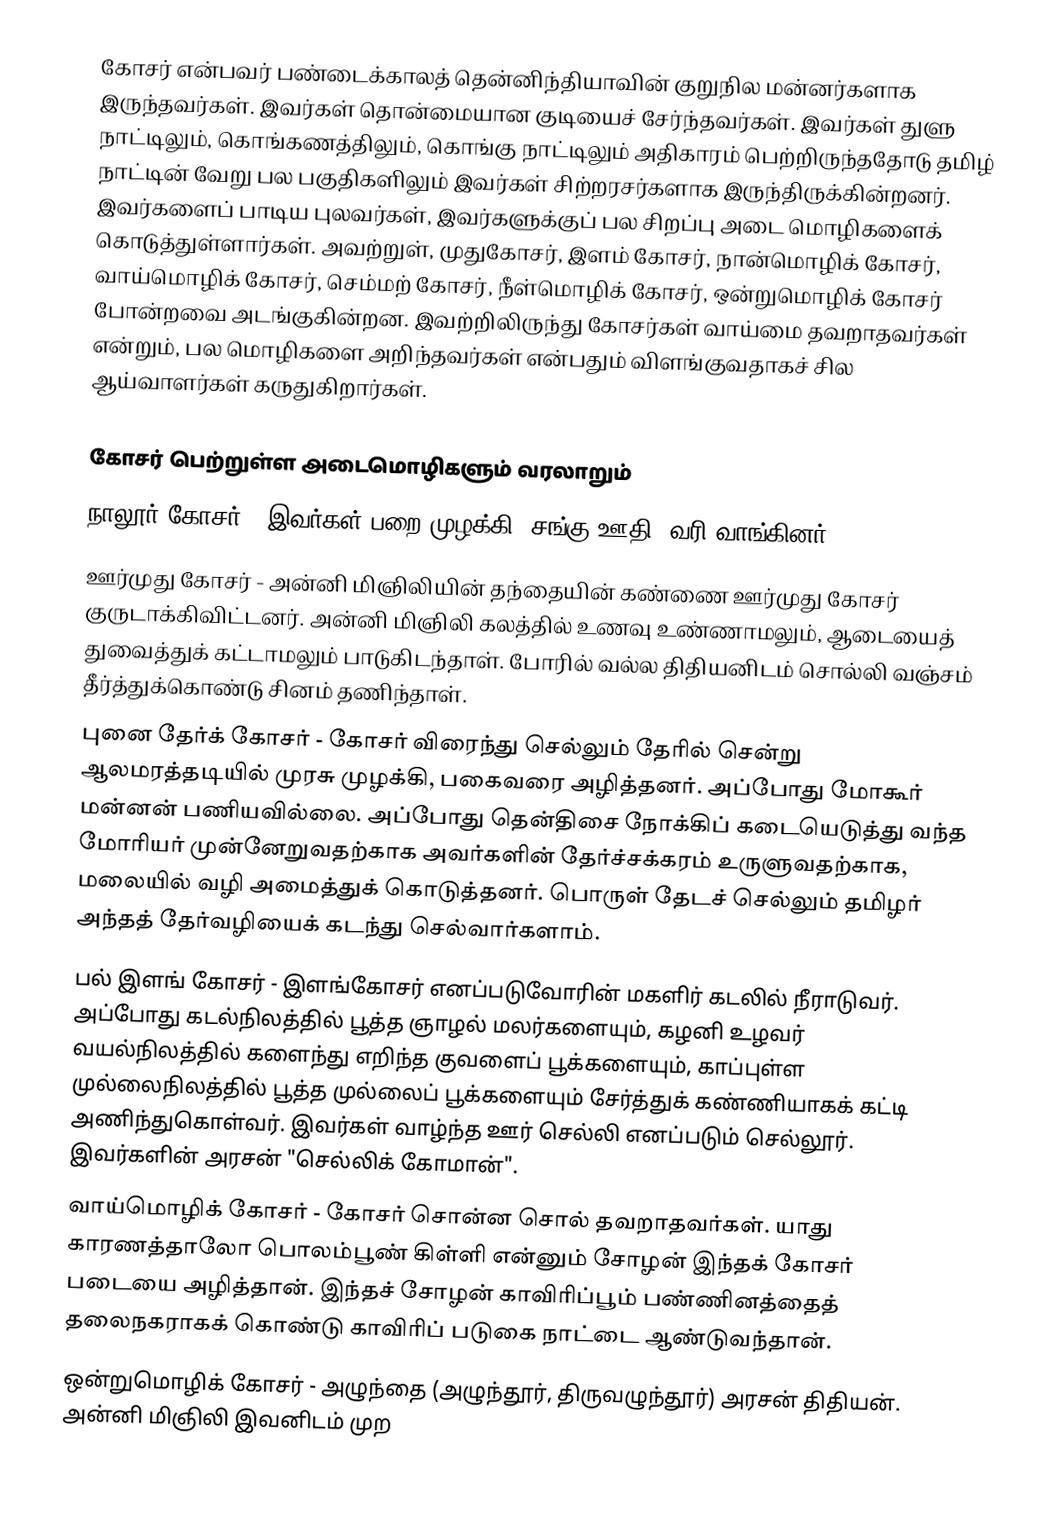
கோசர் என்பவர் பண்டைக்காலத் தென்னிந்தியாவின் குறுநில மன்னர்களாக இருந்தவர்கள். இவர்கள் தொன்மையான குடியைச் சேர்ந்தவர்கள். இவர்கள் துளு நாட்டிலும், கொங்கணத்திலும், கொங்கு நாட்டிலும் அதிகாரம் பெற்றிருந்ததோடு தமிழ் நாட்டின் வேறு பல பகுதிகளிலும் இவர்கள் சிற்றரசர்களாக இருந்திருக்கின்றனர். இவர்களைப் பாடிய புலவர்கள், இவர்களுக்குப் பல சிறப்பு அடை மொழிகளைக் கொடுத்துள்ளார்கள். அவற்றுள், முதுகோசர், இளம் கோசர், நான்மொழிக் கோசர், வாய்மொழிக் கோசர், செம்மற் கோசர், நீள்மொழிக் கோசர், ஒன்றுமொழிக் கோசர் போன்றவை அடங்குகின்றன. இவற்றிலிருந்து கோசர்கள் வாய்மை தவறாதவர்கள் என்றும், பல மொழிகளை அறிந்தவர்கள் என்பதும் விளங்குவதாகச் சில ஆய்வாளர்கள் கருதுகிறார்கள்.

கோசர் பெற்றுள்ள அடைமொழிகளும் வரலாறும்
 நாலூர் கோசர் - இவர்கள் பறை முழக்கி, சங்கு ஊதி, வரி வாங்கினர்.
 ஊர்முது கோசர் - அன்னி மிஞிலியின் தந்தையின் கண்ணை ஊர்முது கோசர் குருடாக்கிவிட்டனர். அன்னி மிஞிலி கலத்தில் உணவு உண்ணாமலும், ஆடையைத் துவைத்துக் கட்டாமலும் பாடுகிடந்தாள். போரில் வல்ல திதியனிடம் சொல்லி வஞ்சம் தீர்த்துக்கொண்டு சினம் தணிந்தாள்.
 புனை தேர்க் கோசர் - கோசர் விரைந்து செல்லும் தேரில் சென்று ஆலமரத்தடியில் முரசு முழக்கி, பகைவரை அழித்தனர். அப்போது மோகூர் மன்னன் பணியவில்லை. அப்போது தென்திசை நோக்கிப் கடையெடுத்து வந்த மோரியர் முன்னேறுவதற்காக அவர்களின் தேர்ச்சக்கரம் உருளுவதற்காக, மலையில் வழி அமைத்துக் கொடுத்தனர். பொருள் தேடச் செல்லும் தமிழர் அந்தத் தேர்வழியைக் கடந்து செல்வார்களாம்.
 பல் இளங் கோசர் - இளங்கோசர் எனப்படுவோரின் மகளிர் கடலில் நீராடுவர். அப்போது கடல்நிலத்தில் பூத்த ஞாழல் மலர்களையும், கழனி உழவர் வயல்நிலத்தில் களைந்து எறிந்த குவளைப் பூக்களையும், காப்புள்ள முல்லைநிலத்தில் பூத்த முல்லைப் பூக்களையும் சேர்த்துக் கண்ணியாகக் கட்டி அணிந்துகொள்வர். இவர்கள் வாழ்ந்த ஊர் செல்லி எனப்படும் செல்லூர். இவர்களின் அரசன் "செல்லிக் கோமான்".
 வாய்மொழிக் கோசர் - கோசர் சொன்ன சொல் தவறாதவர்கள். யாது காரணத்தாலோ பொலம்பூண் கிள்ளி என்னும் சோழன் இந்தக் கோசர் படையை அழித்தான். இந்தச் சோழன் காவிரிப்பூம் பண்ணினத்தைத் தலைநகராகக் கொண்டு காவிரிப் படுகை நாட்டை ஆண்டுவந்தான்.
 ஒன்றுமொழிக் கோசர் - அழுந்தை (அழுந்தூர், திருவழுந்தூர்) அரசன் திதியன். அன்னி மிஞிலி இவனிடம் முற